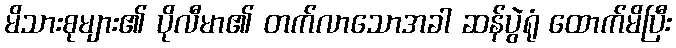
မိသားစုများ၏ ပိုလီမာ၏ တက်လာသောအခါ ဆန်ပွဲရုံ ထောက်မိပြီး